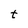
Character: t